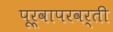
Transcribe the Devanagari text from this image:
पूर्वापरवर्ती